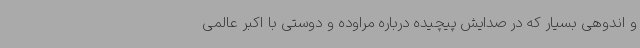
و اندوهی بسیار که در صدایش پیچیده درباره مراوده و دوستی با اکبر عالمی